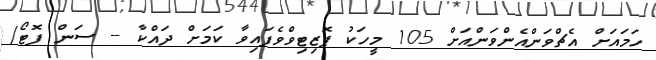
ހަމައަށް އެޗްވަންއެންވަންއަށް 105 މީހަކު ޕޮޒިޓިވްވެފައިވާ ކަމަށް ދައްކާ -- ސަން ފޮޓޯ/